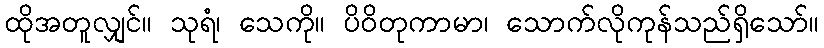
ထိုအတူလျှင်။ သုရံ၊ သေကို။ ပိဝိတုကာမာ၊ သောက်လိုကုန်သည်ရှိသော်။